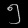
Digit: ၅